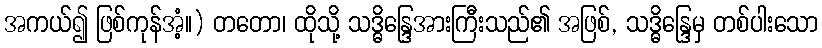
အကယ်၍ ဖြစ်ကုန်အံ့။) တတော၊ ထိုသို့ သဒ္ဓိန္ဒြေအားကြီးသည်၏ အဖြစ်, သဒ္ဓိန္ဒြေမှ တစ်ပါးသော